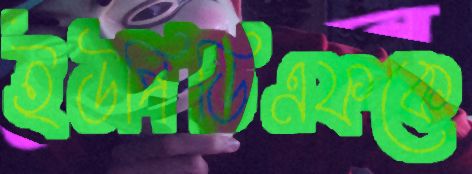
ইউপিডিএফকে